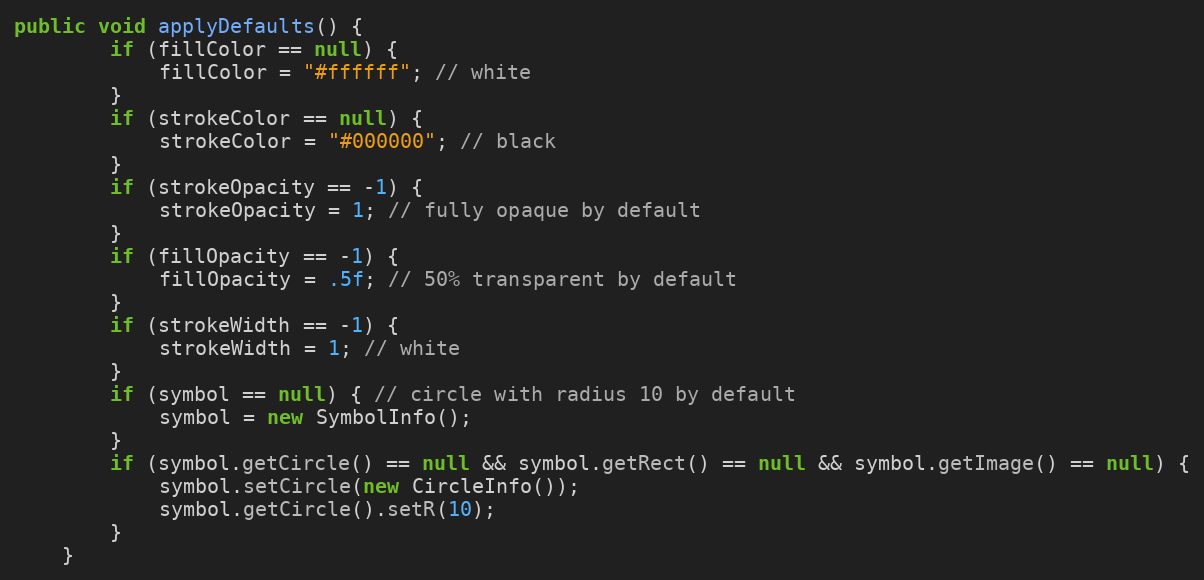
Language: Java
public void applyDefaults() {
		if (fillColor == null) {
			fillColor = "#ffffff"; // white
		}
		if (strokeColor == null) {
			strokeColor = "#000000"; // black
		}
		if (strokeOpacity == -1) {
			strokeOpacity = 1; // fully opaque by default
		}
		if (fillOpacity == -1) {
			fillOpacity = .5f; // 50% transparent by default
		}
		if (strokeWidth == -1) {
			strokeWidth = 1; // white
		}
		if (symbol == null) { // circle with radius 10 by default
			symbol = new SymbolInfo();
		}
		if (symbol.getCircle() == null && symbol.getRect() == null && symbol.getImage() == null) {
			symbol.setCircle(new CircleInfo());
			symbol.getCircle().setR(10);
		}
	}